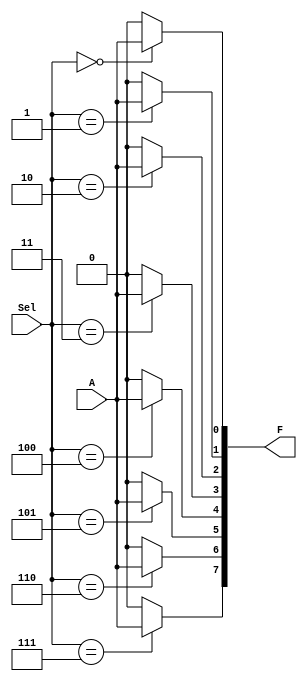

/*
Implementation of 1-to-8 demultiplexer
Created by jefflgaol@icloud.com
*/

module demux_1to8 (
    output wire [7:0] F,
    input wire A,
    input wire [2:0] Sel
);

    assign F[0] = (Sel == 3'b000) ? A : 1'b0;
    assign F[1] = (Sel == 3'b001) ? A : 1'b0;
    assign F[2] = (Sel == 3'b010) ? A : 1'b0;
    assign F[3] = (Sel == 3'b011) ? A : 1'b0;
    assign F[4] = (Sel == 3'b100) ? A : 1'b0;
    assign F[5] = (Sel == 3'b101) ? A : 1'b0;
    assign F[6] = (Sel == 3'b110) ? A : 1'b0;
    assign F[7] = (Sel == 3'b111) ? A : 1'b0;

endmodule

module tb_demux_1to8 ();

wire [7:0] f;
reg a;
reg [2:0] sel;

demux_1to8 gate_1(f, a, sel);

initial
    begin
        $dumpfile("demux_1to8.vcd");
        $dumpvars(0, tb_demux_1to8);
        // Test A = 1'b0
        a = 1'b0;
        sel = 3'b000;
        #1
        sel = 3'b001;
        #1
        sel = 3'b010;
        #1
        sel = 3'b011;
        #1
        sel = 3'b100;
        #1
        sel = 3'b101;
        #1
        sel = 3'b110;
        #1
        sel = 3'b111;
        #1
        // Test A = 1'b1
        a = 1'b1;
        sel = 3'b000;
        #1
        sel = 3'b001;
        #1
        sel = 3'b010;
        #1
        sel = 3'b011;
        #1
        sel = 3'b100;
        #1
        sel = 3'b101;
        #1
        sel = 3'b110;
        #1
        sel = 3'b111;
        $finish;
    end

always @(f)
    $monitor("time=%0t \t a = %b sel = %b f = %b", $time, a, sel, f);

endmodule